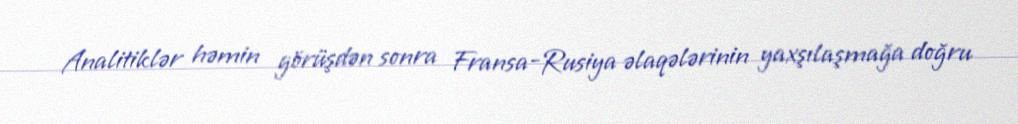
Analitiklər həmin görüşdən sonra Fransa-Rusiya əlaqələrinin yaxşılaşmağa doğru